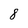
Character: 8